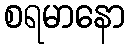
စရမာနော